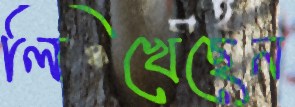
লিখেছেন